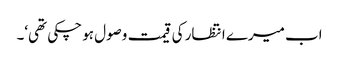
اب میرے انتظار کی قیمت وصول ہو چکی تھی‘۔